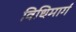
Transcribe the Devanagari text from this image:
विधिमार्ग